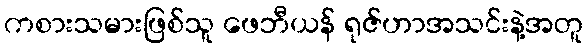
ကစားသမားဖြစ်သူ ဖေဘီယန် ရုဇ်ဟာအသင်းနဲ့အတူ